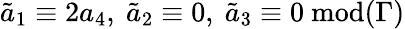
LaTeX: \tilde{a}_{1}\equiv 2a_{4},\ \tilde{a}_{2}\equiv 0,\ \tilde{a}_{3}\equiv 0\ \mathrm{mod}(\Gamma)